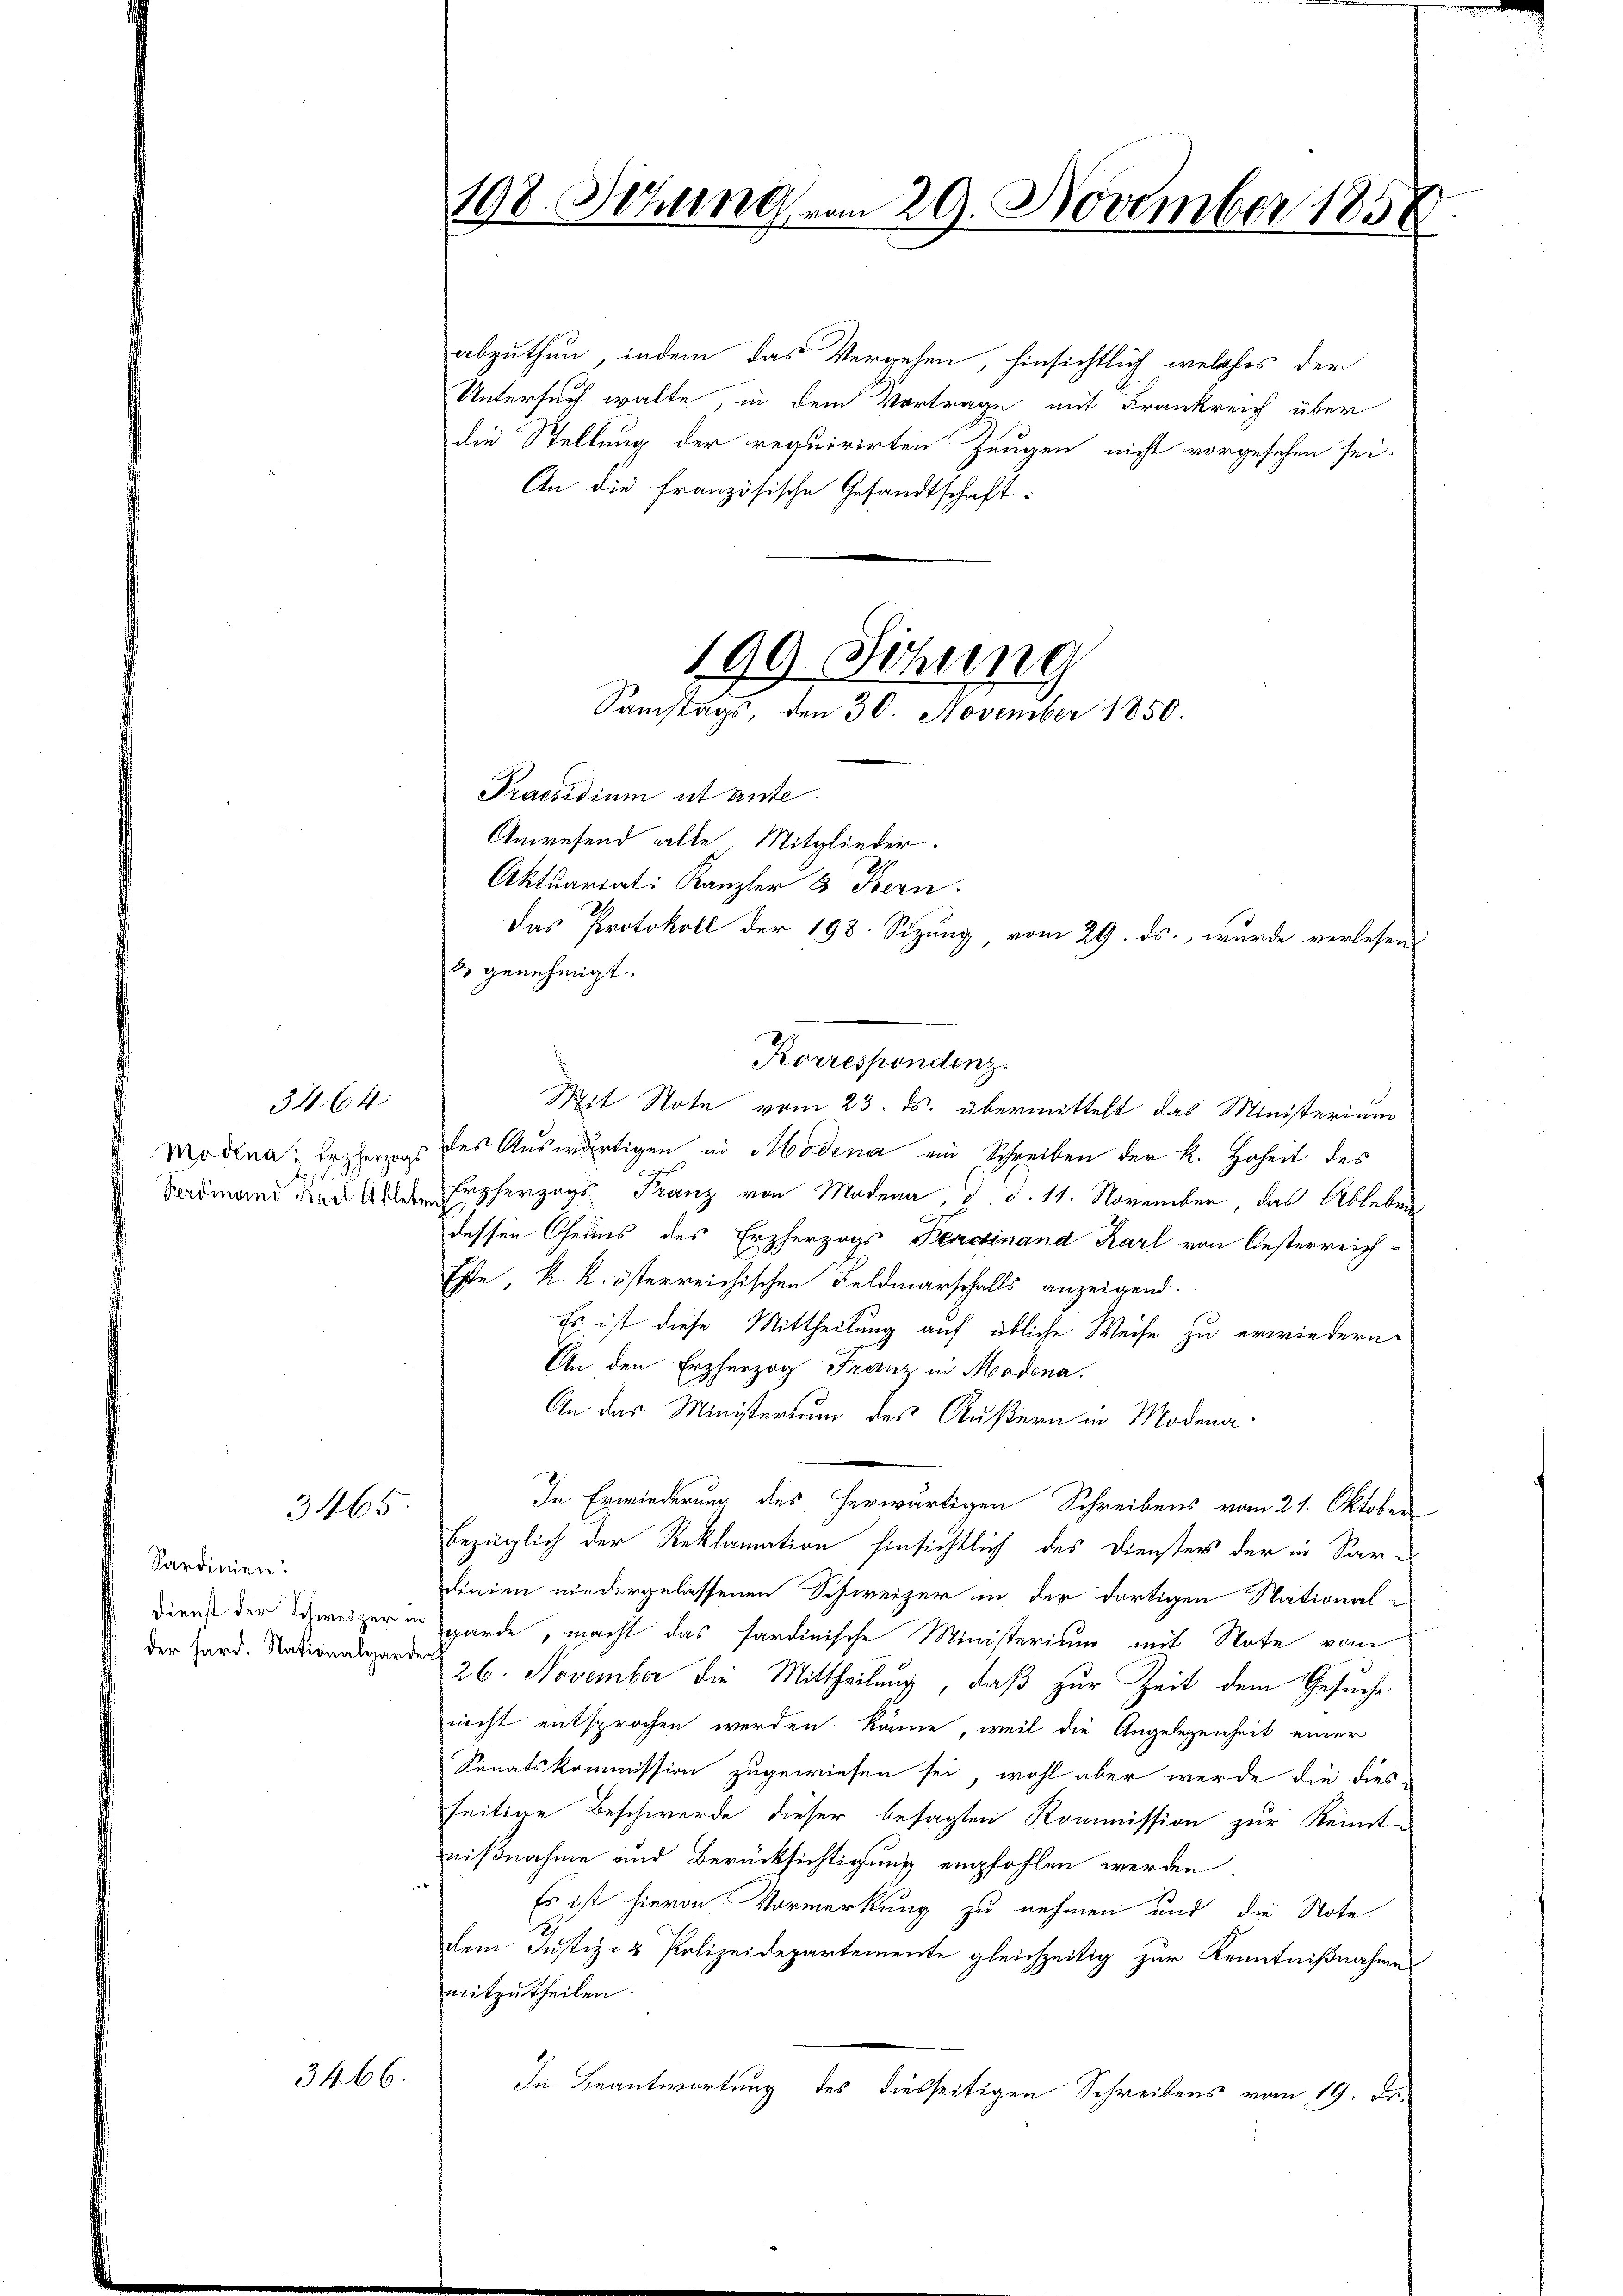
Modena, Erzherzogs
Ferdinand Keil Ableben

344. 64.

3465

Kardinien.
Dienst der Schweizer in
der Sard. Nationalgarder

3466.

198. Setzung vom 29. November 185.

abzuthun, indem das Vergehen, hinsichtlich welches der
Untersuch walte, in dem Vortrage mit Frankreich über
die Stellung der requirirten Zeugen nicht vorgesehen sei.
An die französische Gesandtschaft:
Praesidium ist ante
Anwesend alle Mitglieder.
Aktuariat: Kanzler & Bern.
Das Protokoll der 198. Sizung vom 29. ds., wurde verlesen
3 genehmigt.
des Auswärtigen in Modena ein Schreiben der k. Hoheit des
Erzherzogs Franz von Modena d d. 11. November, das Ableben
dessen Genus des Erzherzogs Bereinand Karl von Oesterreich-
Este, k. k. österreichischen Feldmarschalls anzeigend.
Es ist diese Mittheilung auf übliche Weise zu erwiedern
An den Erzherzog Franz in Modena.
An das Ministerium des Äußern in Modena¬
In Erwiederung des herwärtigen Schreibens vom 21. Oktober
bezüglich der Reklamation hinsichtlich des Dienster der in Sar-
dinien niedergelassenen Schweizer in der dortigen National-
garde, macht das sardinische Ministerium mit Note vom
26. November die Mittheilung, daß zur Zeit dem Gesuche
nicht entsprochen werden könne, weil die Angelegenheit einer
Senatskommission zugewiesen sei, wohl aber werde die dies-
seitige Beschwerde dieser besagten Kommission zur Kennt-
nißnahme und Berücksichtigung empfohlen werden.
Es ist hievon Vormerkung zu nehmen und die Note
dem Justiz- & Polizeidepartemente gleichzeitig zur Kenntnißnahme
mitzutheilen.
In Beantwortung des diesseitigen Schreibens vom 19. Dr.

199. Sichung
Samstags, den 30. November 1850.

Korrespondenz.
Mit Note vom 23. ds. übermittelt das Ministerium